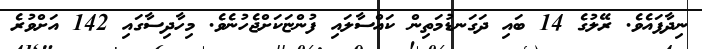
ނިދާފައެވެ. ރޭލުގެ 14 ބައި ދަގަނޑުމަތިން ކައްސާލައި ފުންޏަކަށްޖެހުނެވެ. މިހާދިސާގައި 142 އަށްވުރެ